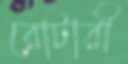
রোটারী